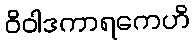
ဝိဝါဒကာရကေဟိ